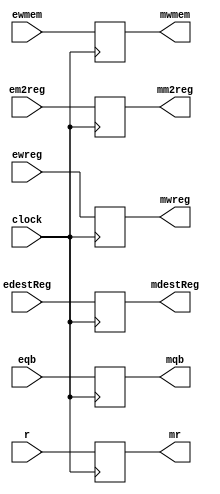
`timescale 1ns / 1ps
//////////////////////////////////////////////////////////////////////////////////
// Company: 
// Engineer: 
// 
// Design Name: 
// Module Name: EXEMEM_pipeline_register
// Project Name: 
// Target Devices: 
// Tool Versions: 
// Description: 
// 
// Dependencies: 
// 
// Revision:
// Revision 0.01 - File Created
// Additional Comments:
// 
//////////////////////////////////////////////////////////////////////////////////


module EXEMEM_pipeline_register(
    input ewreg,
    input em2reg,
    input ewmem,
    input [4:0] edestReg,
    input [31:0] r,
    input [31:0] eqb,
    input clock,
    output reg mwreg,
    output reg mm2reg,
    output reg mwmem,
    output reg [4:0] mdestReg,
    output reg [31:0] mr,
    output reg [31:0] mqb
    );
    always @(posedge clock) begin
        mwreg       <= ewreg; 
        mm2reg      <= em2reg;
        mwmem       <= ewmem;
        mdestReg    <= edestReg;
        mr          <= r;
        mqb         <= eqb;
    end
    
    
endmodule